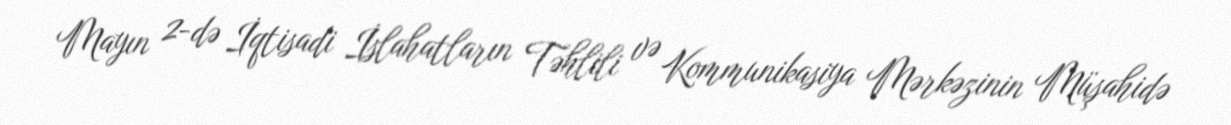
Mayın 2-də İqtisadi İslahatların Təhlili və Kommunikasiya Mərkəzinin Müşahidə